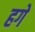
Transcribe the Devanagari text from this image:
हगे